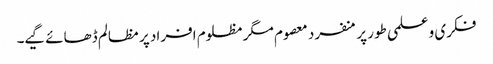
فکری و علمی طور پر منفرد معصوم مگر مظلوم افراد پر مظالم ڈھائے گیے۔